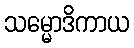
သမ္မောဒိကာယ